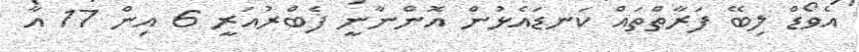
އެވޯޑް ލިބޭ ފަރާތްތައް ކަނޑައެޅުން އޮންނާނީ ފެބްރުއަރީ 6 އިން 17 އާ